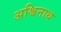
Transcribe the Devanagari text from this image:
अश्विनाथ